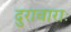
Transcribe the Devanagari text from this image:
दुराचाराः